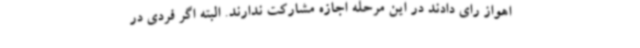
اهواز رای دادند در این مرحله اجازه مشارکت ندارند. البته اگر فردی در